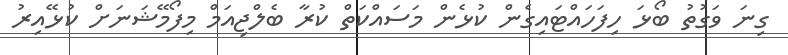
ގިނަ ވަގުތު ބޯޅަ ހިފަހައްޓައިގެން ކުޅެން މަސައްކަތް ކުރާ ބެލްޖިއަމް މިފޯމޭޝަނަށް ކުޅޭއިރު